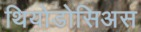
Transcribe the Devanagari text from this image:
थियोडोसिअस